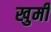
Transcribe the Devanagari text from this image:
खुमी